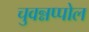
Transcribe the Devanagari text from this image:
चुवन्नप्पोल